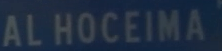
ALHOCEIMA